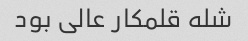
شله قلمکار عالی بود